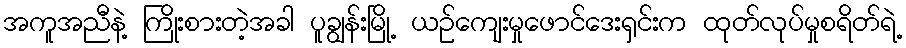
အကူအညီနဲ့ ကြိုးစားတဲ့အခါ ပူချွန်းမြို့ ယဉ်ကျေးမှုဖောင်ဒေးရှင်းက ထုတ်လုပ်မှုစရိတ်ရဲ့